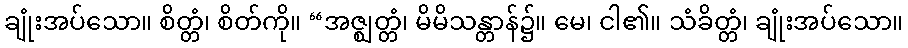
ချုံးအပ်သော။ စိတ္တံ၊ စိတ်ကို။ “အဇ္ဈတ္တံ၊ မိမိသန္တာန်၌။ မေ၊ ငါ၏။ သံခိတ္တံ၊ ချုံးအပ်သော။